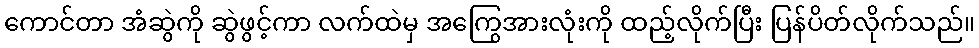
ကောင်တာ အံဆွဲကို ဆွဲဖွင့်ကာ လက်ထဲမှ အကြွေအားလုံးကို ထည့်လိုက်ပြီး ပြန်ပိတ်လိုက်သည်။